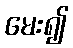
မေး၍